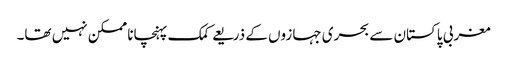
مغربی پاکستان سے بحری جہازوں کے ذریعے کمک پہنچانا ممکن نہیں تھا۔